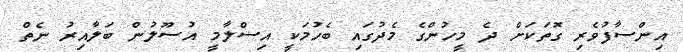
އިންސާފުވެރި ގޮތަކަށް ދެ މީހުންގެ މެދުގައި ބެހުމަކީ އިސްލާމީ އުސޫލުން ބަލާއިރު ނެތް